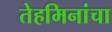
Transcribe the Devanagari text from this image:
तेहमिनांचा